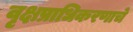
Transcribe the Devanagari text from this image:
वृक्षप्राधिकरणाचे